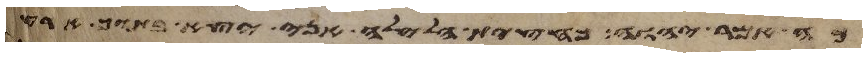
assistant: כה אמר יהוה כחצית הלילה אני יצא בתוך ארץ